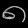
Digit: ၈